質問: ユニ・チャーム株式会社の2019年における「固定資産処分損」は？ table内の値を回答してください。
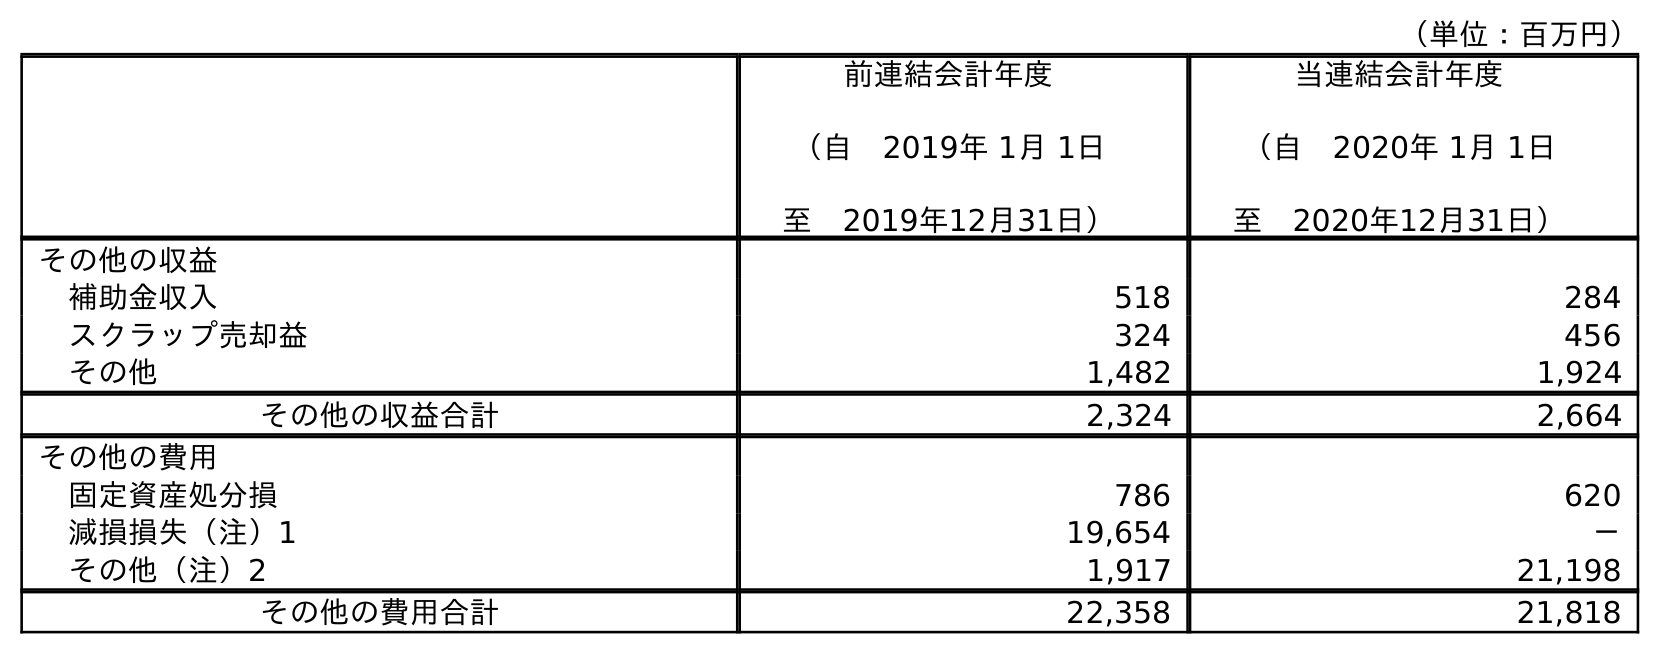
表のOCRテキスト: （単位：百万円） 前連結会計年度 （自 2019年 1月 1日 至 2019年12月31日） 当連結会計年度 （自 2020年 1月 1日 至 2020年12月31日） その他の収益 補助金収入 518 284 スクラップ売却益 324 456 その他 1,482 1,924 その他の収益合計 2,324 2,664 その他の費用 固定資産処分損 786 620 減損損失（注）1 19,654 － その他（注）2 1,917 21,198 その他の費用合計 22,358 21,818
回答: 786